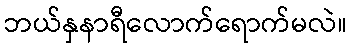
ဘယ်နှနာရီလောက်ရောက်မလဲ။